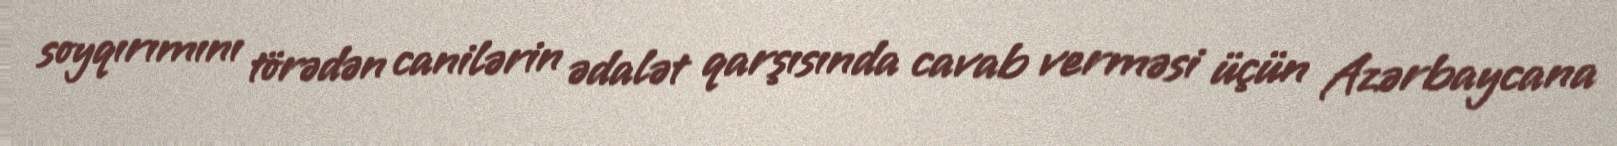
soyqırımını törədən canilərin ədalət qarşısında cavab verməsi üçün Azərbaycana